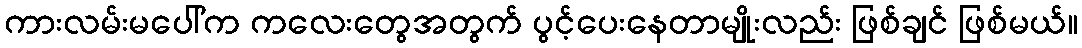
ကားလမ်းမပေါ်က ကလေးတွေအတွက် ပွင့်ပေးနေတာမျိုးလည်း ဖြစ်ချင် ဖြစ်မယ်။